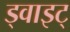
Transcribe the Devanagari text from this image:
ड्वाइट्